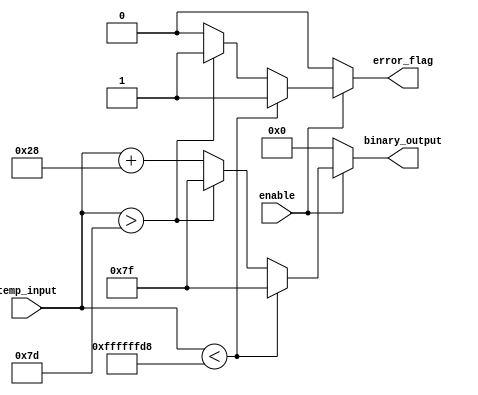
module thermal_encoder (
    input wire [6:0] temp_input, // 7-bit signed input representing temperature (-40C to 125C)
    input wire enable,            // Enable signal
    output reg [6:0] binary_output, // 7-bit output representing the encoded temperature
    output reg error_flag        // Error flag for invalid input
);

// Define temperature range limits
localparam TEMP_MIN = -40;     // Minimum temperature in Celsius
localparam TEMP_MAX = 125;      // Maximum temperature in Celsius

always @(*) begin
    // Default values
    binary_output = 7'b0000000;  // Default output
    error_flag = 1'b0;            // No error by default

    if (enable) begin
        if (temp_input < TEMP_MIN) begin
            // Input is below the minimum range
            error_flag = 1'b1;     // Set error flag
            binary_output = 7'b1111111; // Error output (all bits set to 1)
        end else if (temp_input > TEMP_MAX) begin
            // Input is above the maximum range
            error_flag = 1'b1;     // Set error flag
            binary_output = 7'b1111111; // Error output (all bits set to 1)
        end else begin
            // Valid input range
            binary_output = temp_input + 40; // Linear mapping, adjust for offset
            // This maps -40C to 0 and 125C to 165 (7-bit representation)
        end
    end else begin
        // If not enabled, output should be 0
        binary_output = 7'b0000000; // Disabled output
    end
end

endmodule